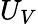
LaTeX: U_{V}